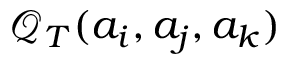
\mathcal { Q } _ { T } ( a _ { i } , a _ { j } , a _ { k } )